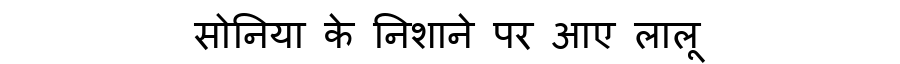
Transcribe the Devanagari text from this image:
सोनिया के निशाने पर आए लालू